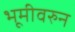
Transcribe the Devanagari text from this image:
भूमीवरुन